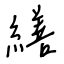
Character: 繕